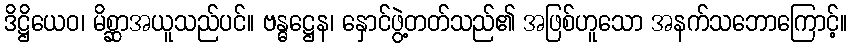
ဒိဋ္ဌိယေဝ၊ မိစ္ဆာအယူသည်ပင်။ ဗန္ဓဋ္ဌေန၊ နှောင်ဖွဲ့တတ်သည်၏ အဖြစ်ဟူသော အနက်သဘောကြောင့်။